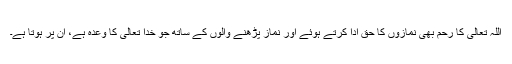
اللہ تعالیٰ کا رحم بھی نمازوں کا حق ادا کرتے ہوئے اور نماز پڑھنے والوں کے ساتھ جو خدا تعالیٰ کا وعدہ ہے، اُن پر ہوتا ہے۔